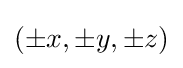
(\pm x,\pm y,\pm z)